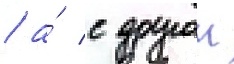
/ а́ с другои